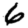
Digit: 6